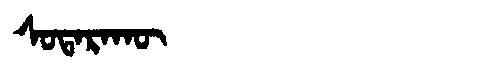
Manchu: ᠰᠣᡨᠠᡵᠠᡴᡡ
Romanization: SOTARAKŪ